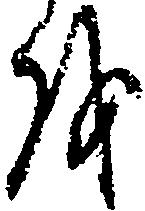
を